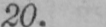
20.